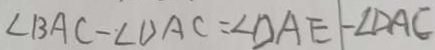
\angle B A C - \angle D A C = \angle D A E - \angle D A C